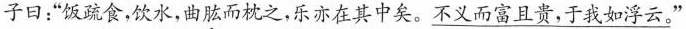
子曰：”饭疏食，饮水，曲肱而枕之，乐亦在其中矣。\underline不义而富且贵，于我如浮云。”